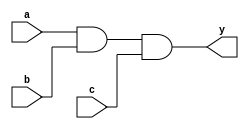
module xup_and3 #(parameter DELAY=0.3)(
    input a,
    input b,
    input c,
    output y
    );
    
    and #DELAY (y,a,b,c);
    
endmodule